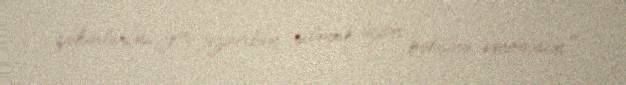
şəhərlərini yer üzündən silmək üçün bəhanə verməsin”.